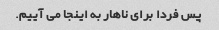
پس فردا برای ناهار به اینجا می آییم.